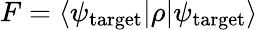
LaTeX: F=\langle\psi_{\textrm{target}}|\rho|\psi_{\textrm{target}}\rangle